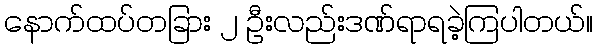
နောက်ထပ်တခြား ၂ ဦးလည်းဒဏ်ရာရခဲ့ကြပါတယ်။